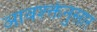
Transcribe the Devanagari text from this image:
आवश्क्तेनुसार